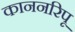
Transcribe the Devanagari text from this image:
काननरिपू